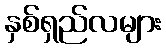
နှစ်ရှည်လများ